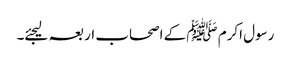
رسول اکرم ﷺ کے اصحاب اربعہ لیجئے۔